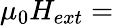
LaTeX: \mu_{0}H_{ext}=